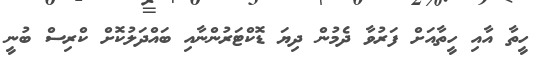
ހީތާ އާއި ހީތާއަށް ފަރުވާ ދެމުން ދިޔަ ޑޮކްޓަރުންނާއި ބައްދަލުކޮށް ކްރިސް ބުނީ